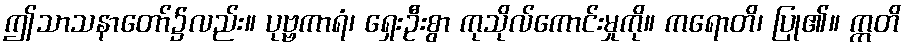
ဤသာသနာတော်၌လည်း။ ပုဗ္ဗကာရံ၊ ရှေးဦးစွာ ကုသိုလ်ကောင်းမှုကို။ ကရောတိ၊ ပြု၏။ ဣတိ